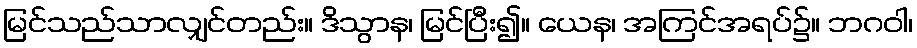
မြင်သည်သာလျှင်တည်း။ ဒိသွာန၊ မြင်ပြီး၍။ ယေန၊ အကြင်အရပ်၌။ ဘဂဝါ၊